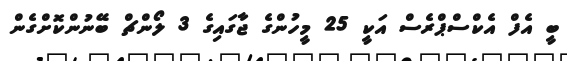
ބީ އެފް އެކްސްޕްރެސް އަކީ 25 މީހުންގެ ޖާގައިގެ 3 ލޯންޗް ބޭނުންކޮށްގެން